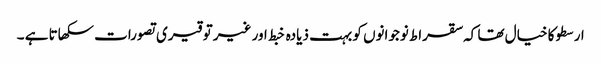
ارسطو کا خیال تھا کہ سقراط نوجوانوں کو بہت ذیادہ خبط اور غیر توقیری تصورات سکھاتا ہے ۔